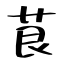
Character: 茛